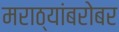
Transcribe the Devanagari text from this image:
मराठ्यांबरोबर